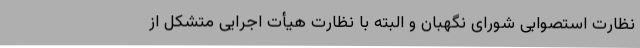
نظارت استصوابی شورای نگهبان و البته با نظارت هیأت اجرایی متشکل از